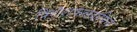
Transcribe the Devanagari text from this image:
विशेशफलदायिने